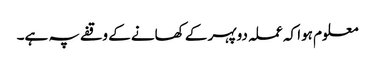
معلوم ہوا کہ عملہ دوپہر کے کھانے کے وقفے پہ ہے۔